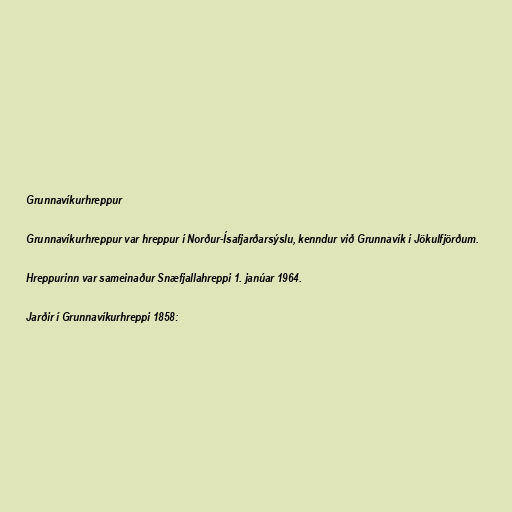
Grunnavíkurhreppur

Grunnavíkurhreppur var hreppur í Norður-Ísafjarðarsýslu, kenndur við Grunnavík í Jökulfjörðum.

Hreppurinn var sameinaður Snæfjallahreppi 1. janúar 1964.

Jarðir í Grunnavíkurhreppi 1858: